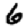
Digit: 6